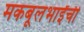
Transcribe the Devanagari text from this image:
मकबूलभाईंची